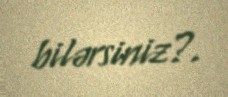
bilərsiniz?.